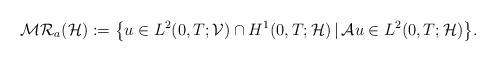
LaTeX: \begin{align*}\mathcal{MR}_{a}(\mathcal{H}) := \big\{u \in L^{2}(0, T; \mathcal{V}) \cap H^{1}(0, T; \mathcal{H}) \,|\, \mathcal{A} u \in L^{2}(0, T; \mathcal{H})\big\}. \end{align*}